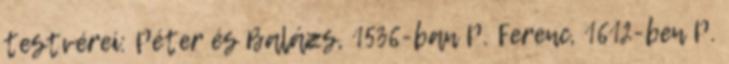
testvérei: Péter és Balázs, 1536-ban P. Ferenc, 1612-ben P.